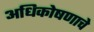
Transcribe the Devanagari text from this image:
अधिकोषणाचे